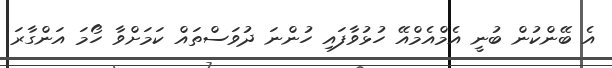
އެ ބޭންކުން ބުނީ އެމްއެމްއޭ ހުޅުވާފައި ހުންނަ ދުވަސްތައް ކަމަށްވާ ހޯމަ އަންގާރަ